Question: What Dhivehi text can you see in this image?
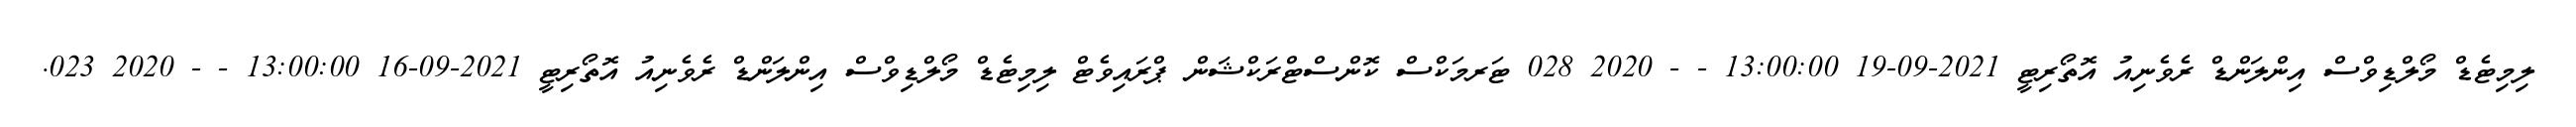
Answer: ލިމިޓެޑް މޯލްޑިވްސް އިންލަންޑް ރެވެނިއު އޮތޯރިޓީ 2021-09-19 13:00:00 - - 2020 028 ޓަރމަކްސް ކޮންސްޓްރަކްޝަން ޕްރައިވެޓް ލިމިޓެޑް މޯލްޑިވްސް އިންލަންޑް ރެވެނިއު އޮތޯރިޓީ 2021-09-16 13:00:00 - - 2020 023.